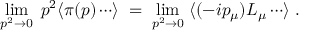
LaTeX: \operatorname * { l i m } _ { p ^ { 2 } \to 0 } \; p ^ { 2 } \langle \pi ( p ) \cdots \rangle \; = \; \operatorname * { l i m } _ { p ^ { 2 } \to 0 } \; \langle ( - i p _ { \mu } ) L _ { \mu } \cdots \rangle \; .